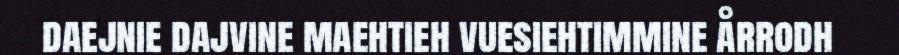
daejnie dajvine maehtieh vuesiehtimmine årrodh